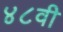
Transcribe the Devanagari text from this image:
४८वी